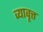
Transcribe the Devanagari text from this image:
व्यावृत्त